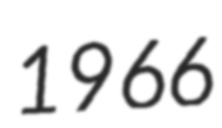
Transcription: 1966